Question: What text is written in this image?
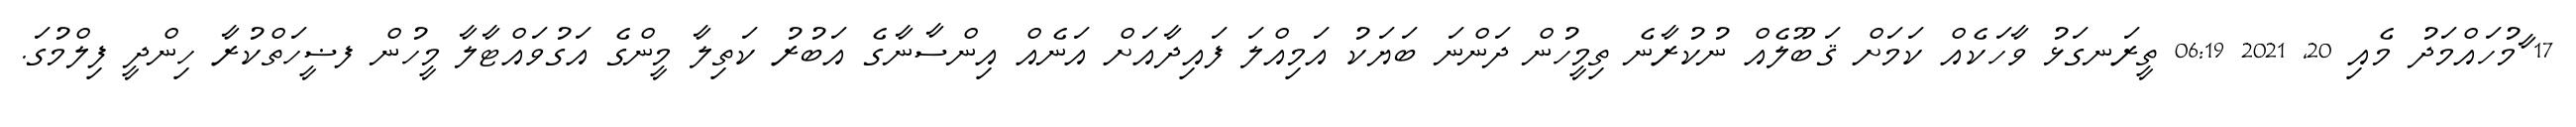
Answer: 17 ާމުހައްމަދު މެއި 20, 2021 06:19 ތީރަނގަޅު ވާހަކެއް ކަމަށް ޤަބޫލެއް ނުކުރާނެ ތިމީހުން ދަންނަ ބަޔަކު އަމިއްލަ ފައިދާއަށް އަނެއް އިންސާނާގެ އަބުރު ކަތިލާ މީންގެ އަގުވައްޓާލާ މީހުން ފޟީހަތްކުރާ ހިންދީ ފިލްމުގަ.